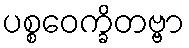
ပစ္စဝေက္ခိတဗ္ဗာ